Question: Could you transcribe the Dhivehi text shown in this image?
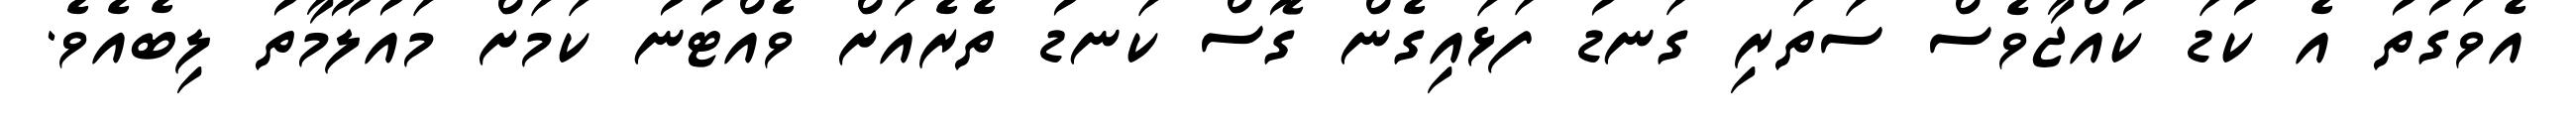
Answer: އެވަގުތު އެ ކުޑަ ކުއްޖާވެސް ސަތަރި ގަނޑު ފަޅައިގެން ގޮސް ކަނޑު ތެރެއަށް ވެއްޓުނު ކަމަށް މައުލޫމާތު ލިބެއެވެ.